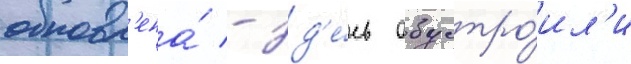
обновл'ена́ - зд'е́сь обустро́ил'и